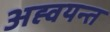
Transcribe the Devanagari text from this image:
अह्वयन्त